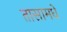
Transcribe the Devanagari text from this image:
तासामधे